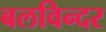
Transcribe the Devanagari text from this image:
बलविन्दर